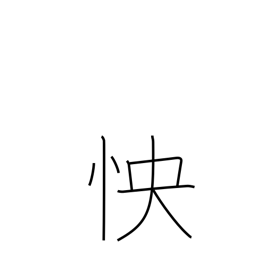
Meaning: grudge